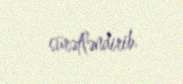
sürətləndirib.